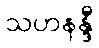
သဟနန္ဒီ